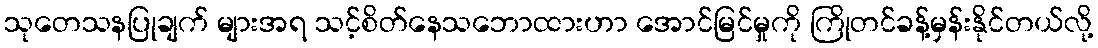
သုတေသနပြုချက် များအရ သင့်စိတ်နေသဘောထားဟာ အောင်မြင်မှုကို ကြိုတင်ခန့်မှန်းနိုင်တယ်လို့